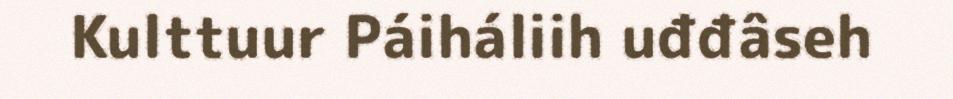
Kulttuur Páiháliih uđđâseh